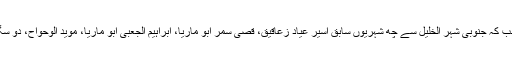
بیت لحم سے سابق اسیر ابراہیم صومان کو حراست میں لیا گیا، جب کہ جنوبی شہر الخلیل سے چھ شہریوں سابق اسیر عیاد زعاقیق، قصیٰ سمر ابو ماریا، ابراہیم الجعبی ابو ماریا، موید الوحواح، دو سگے بھائیوں ھیثم ارو اسامہ عصافرہ کے ناموں سے کی گئی ہے۔